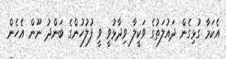
އެކަމާ ގުޅިގެން ދައުލަތުގެ ވަކީލާ ވިދާޅުވީ ވީ ފުލުހުންގެ ބަންދު ނޫން އެހެން